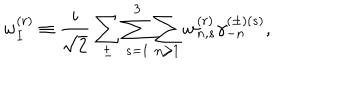
LaTeX: w _ { I } ^ { ( r ) } \equiv \frac { i } { \sqrt { 2 } } \sum _ { \pm } \sum _ { s = 1 } ^ { 3 } \sum _ { n \ge 1 } w _ { n , s } ^ { ( r ) } \gamma _ { - n } ^ { ( \pm ) ( s ) } ,